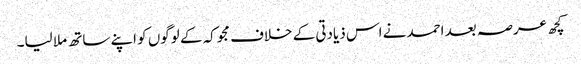
کچھ عرصہ بعد احمد نے اس ذیادتی کے خلاف مجوکہ کے لوگوں کو اپنے ساتھ ملا لیا۔